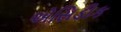
એસિડીક